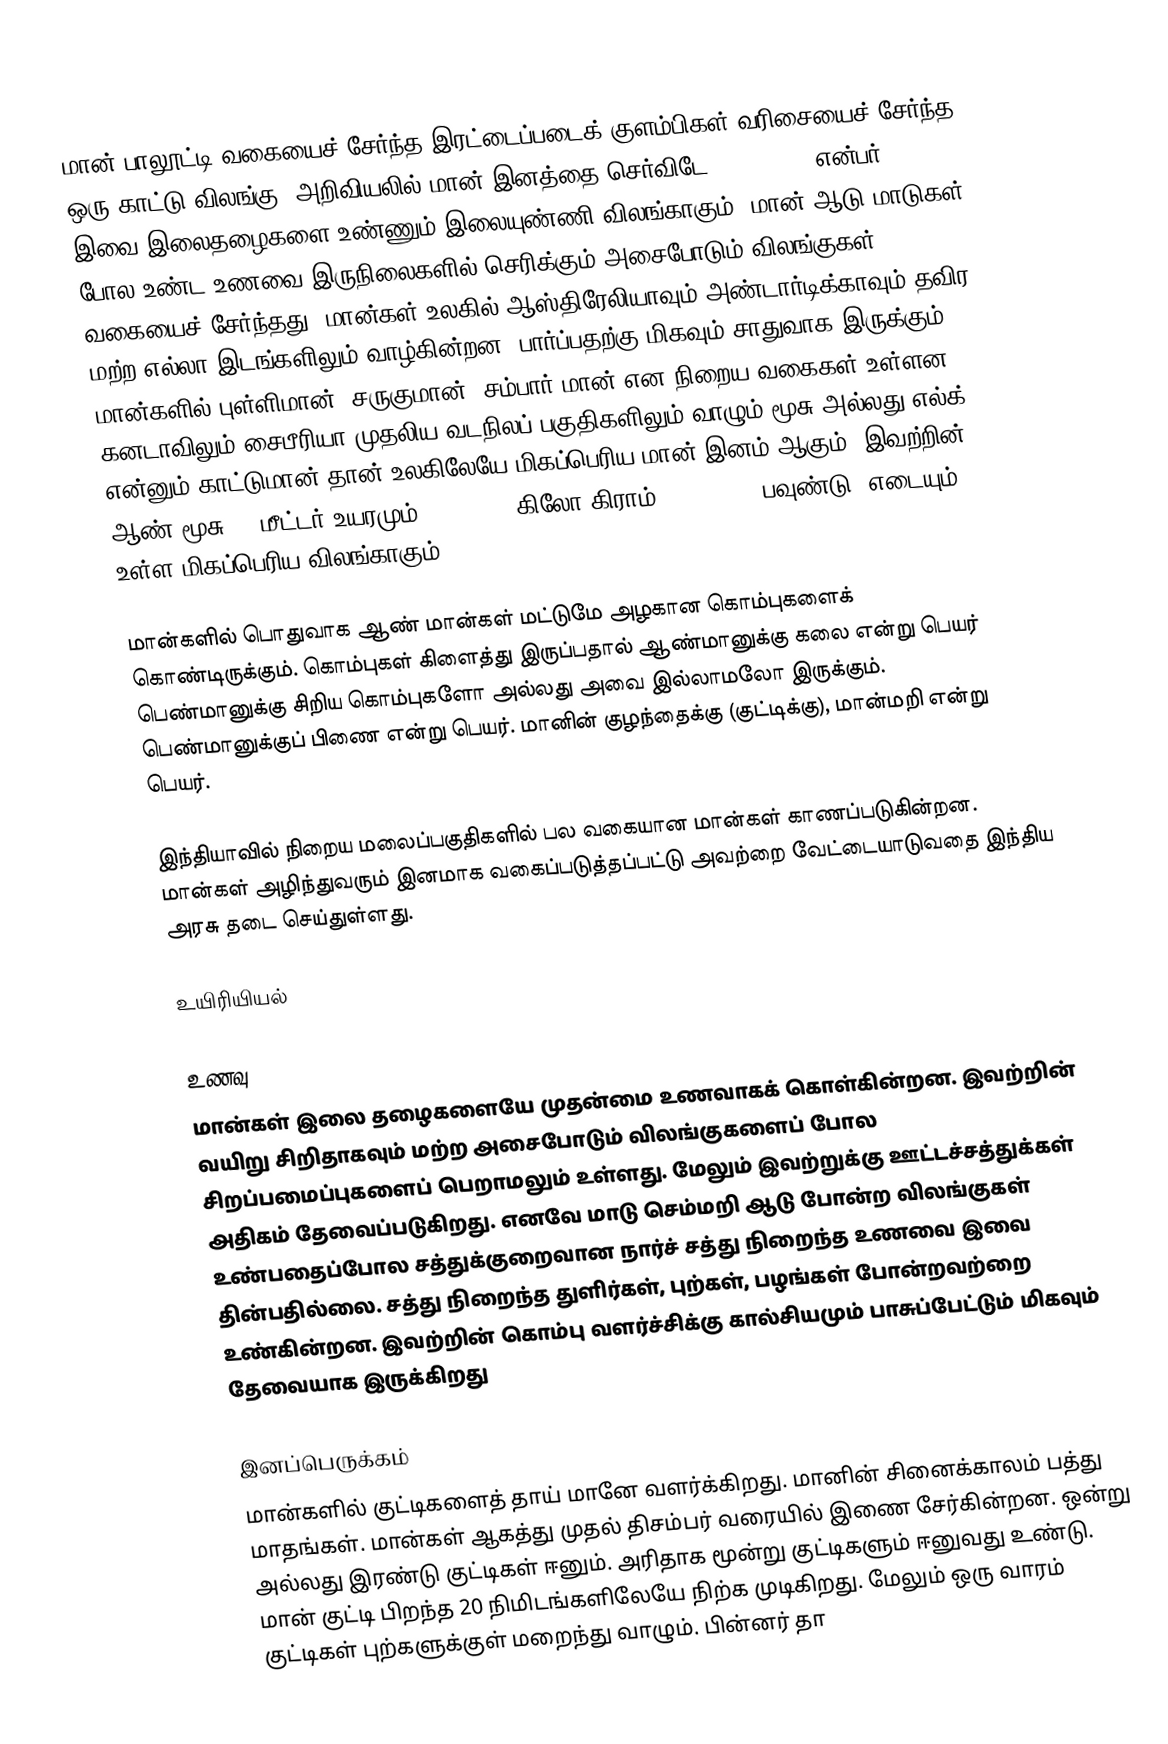
மான் பாலூட்டி வகையைச் சேர்ந்த இரட்டைப்படைக் குளம்பிகள் வரிசையைச் சேர்ந்த ஒரு காட்டு விலங்கு. அறிவியலில் மான் இனத்தை செர்விடே (Cervidae) என்பர். இவை இலைதழைகளை உண்ணும் இலையுண்ணி விலங்காகும். மான் ஆடு மாடுகள் போல உண்ட உணவை இருநிலைகளில் செரிக்கும் அசைபோடும் விலங்குகள் வகையைச் சேர்ந்தது. மான்கள் உலகில் ஆஸ்திரேலியாவும் அண்டார்டிக்காவும் தவிர மற்ற எல்லா இடங்களிலும் வாழ்கின்றன. பார்ப்பதற்கு மிகவும் சாதுவாக இருக்கும். மான்களில் புள்ளிமான், சருகுமான், சம்பார் மான் என நிறைய வகைகள் உள்ளன. கனடாவிலும் சைபீரியா முதலிய வடநிலப் பகுதிகளிலும் வாழும் மூசு அல்லது எல்க் என்னும் காட்டுமான் தான் உலகிலேயே மிகப்பெரிய மான் இனம் ஆகும். இவற்றின் ஆண் மூசு, 2 மீட்டர் உயரமும் 540 – 720 கிலோ கிராம் (1200–1600 பவுண்டு) எடையும் உள்ள மிகப்பெரிய விலங்காகும்.

மான்களில் பொதுவாக ஆண் மான்கள் மட்டுமே அழகான கொம்புகளைக் கொண்டிருக்கும். கொம்புகள் கிளைத்து இருப்பதால் ஆண்மானுக்கு கலை என்று பெயர் பெண்மானுக்கு சிறிய கொம்புகளோ அல்லது அவை இல்லாமலோ இருக்கும். பெண்மானுக்குப் பிணை என்று பெயர். மானின் குழந்தைக்கு (குட்டிக்கு), மான்மறி என்று பெயர்.

இந்தியாவில் நிறைய மலைப்பகுதிகளில் பல வகையான மான்கள் காணப்படுகின்றன. மான்கள் அழிந்துவரும் இனமாக வகைப்படுத்தப்பட்டு அவற்றை வேட்டையாடுவதை இந்திய அரசு தடை செய்துள்ளது.

உயிரியியல்

உணவு
மான்கள்  இலை தழைகளையே முதன்மை உணவாகக் கொள்கின்றன. இவற்றின் வயிறு சிறிதாகவும் மற்ற அசைபோடும் விலங்குகளைப் போல சிறப்பமைப்புகளைப் பெறாமலும் உள்ளது. மேலும் இவற்றுக்கு ஊட்டச்சத்துக்கள் அதிகம் தேவைப்படுகிறது. எனவே மாடு செம்மறி ஆடு  போன்ற விலங்குகள் உண்பதைப்போல சத்துக்குறைவான நார்ச் சத்து நிறைந்த உணவை இவை தின்பதில்லை. சத்து நிறைந்த துளிர்கள், புற்கள், பழங்கள் போன்றவற்றை உண்கின்றன. இவற்றின் கொம்பு வளர்ச்சிக்கு கால்சியமும் பாசுப்பேட்டும் மிகவும் தேவையாக இருக்கிறது

இனப்பெருக்கம்
மான்களில் குட்டிகளைத் தாய் மானே வளர்க்கிறது. மானின் சினைக்காலம் பத்து மாதங்கள். மான்கள் ஆகத்து முதல் திசம்பர் வரையில் இணை சேர்கின்றன. ஒன்று அல்லது இரண்டு குட்டிகள் ஈனும். அரிதாக மூன்று குட்டிகளும் ஈனுவது உண்டு. மான் குட்டி பிறந்த 20 நிமிடங்களிலேயே நிற்க முடிகிறது. மேலும் ஒரு வாரம் குட்டிகள் புற்களுக்குள் மறைந்து வாழும். பின்னர் தா